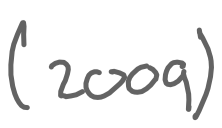
Text: (2009)
Cross-out: clean
Writing tool: digital_gray